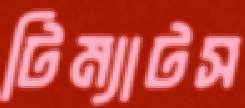
টিম্যাটস